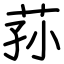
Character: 荪